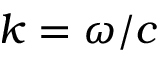
k = \omega / c